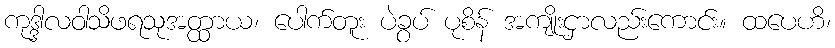
ကုဒ္ဒါလဝါသိဖရသုအတ္ထာယ၊ ပေါက်တူး ပဲခွပ် ပုစိန် အကျိုးငှာလည်းကောင်း။ ထပေဟိ၊